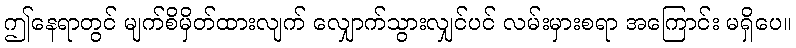
ဤနေရာတွင် မျက်စိမှိတ်ထားလျက် လျှောက်သွားလျှင်ပင် လမ်းမှားစရာ အကြောင်း မရှိပေ။